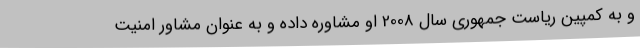
و به کمپین ریاست جمهوری سال 2008 او مشاوره داده و به عنوان مشاور امنیت